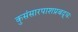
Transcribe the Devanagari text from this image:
कुसंसारपाशप्रबद्धः